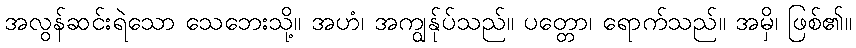
အလွန်ဆင်းရဲသော သေဘေးသို့။ အဟံ၊ အကျွန်ုပ်သည်။ ပတ္တော၊ ရောက်သည်။ အမှိ၊ ဖြစ်၏။